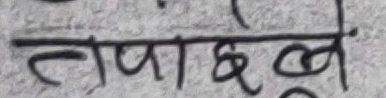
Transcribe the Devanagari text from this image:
तपाछवे